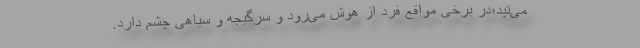
می‌تپد؛در برخی مواقع فرد از هوش می‌رود و سرگیجه و سیاهی چشم دارد.